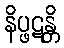
နိပ္ဖဋန္တိ